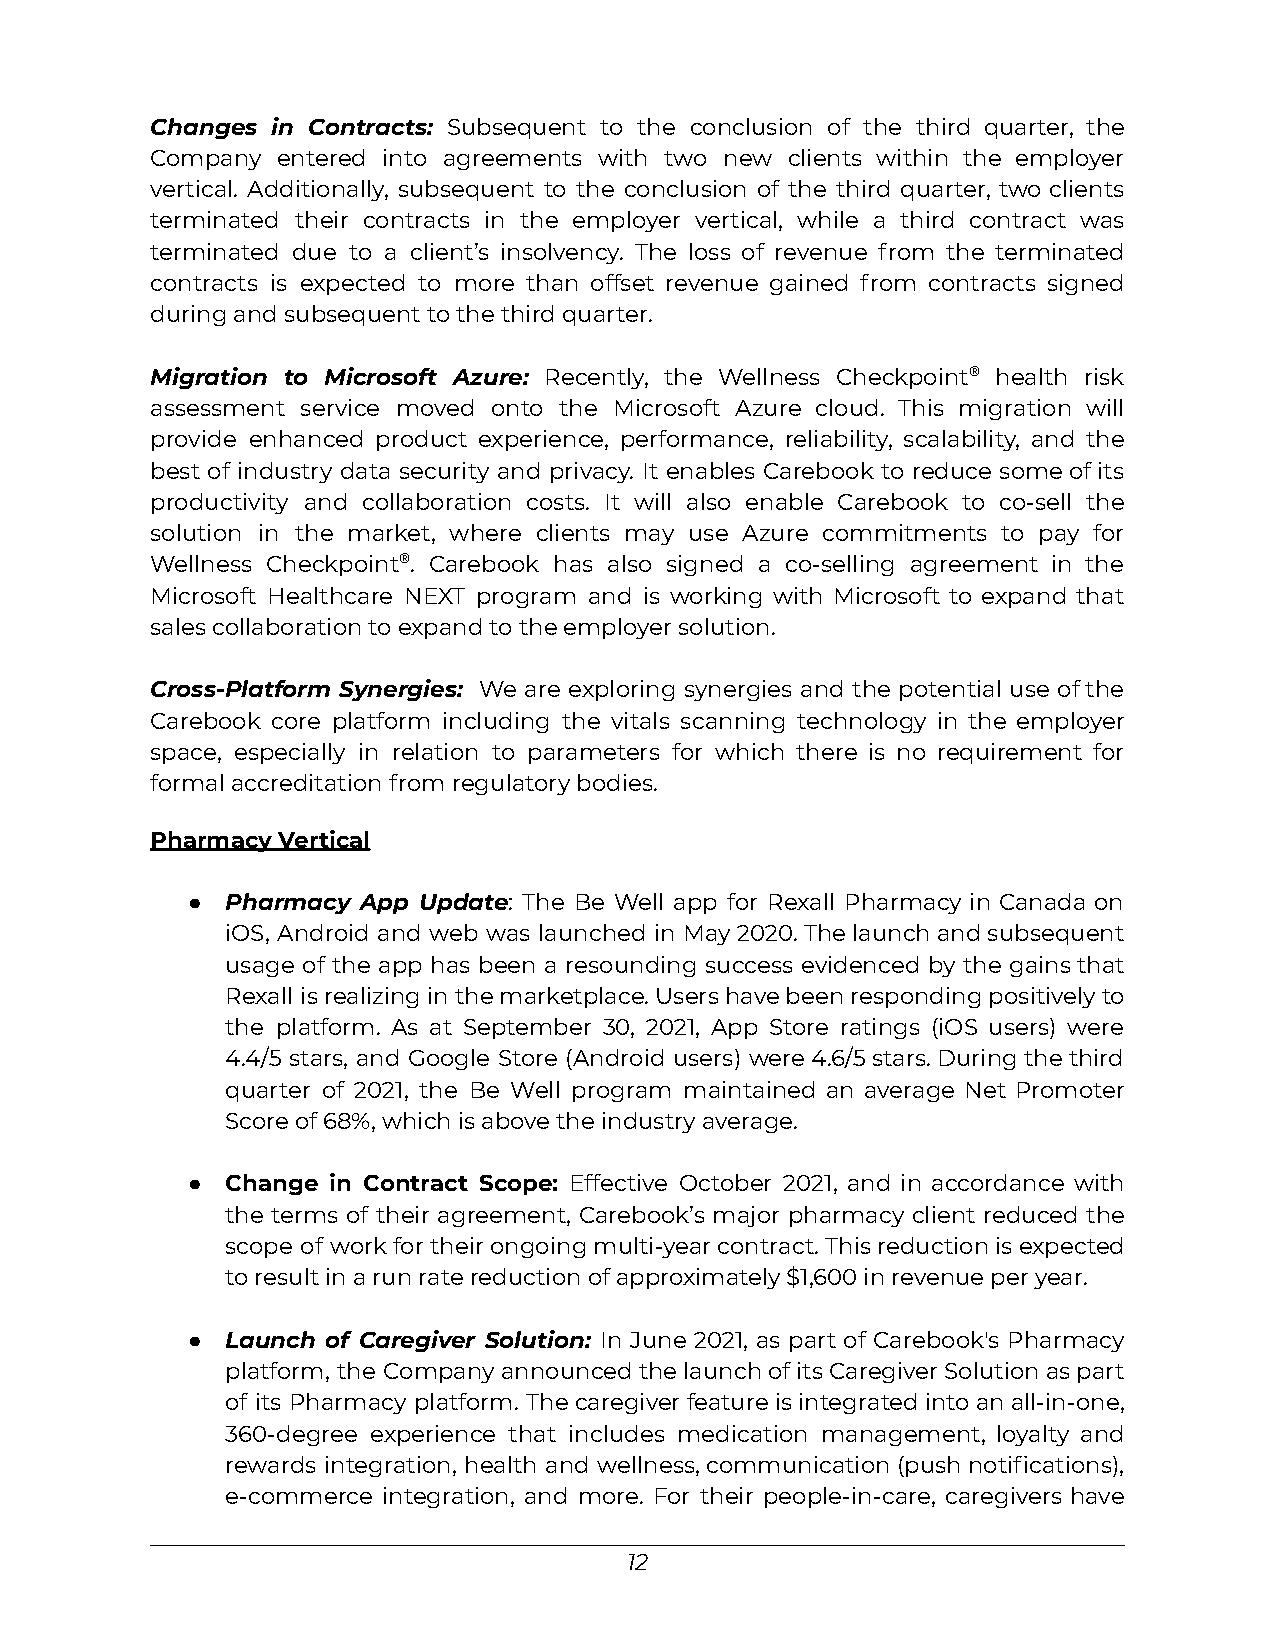
Changes in Contracts: Subsequent to the conclusion of the third quarter, the
 Company entered into agreements with two new clients within the employer
 vertical. Additionally, subsequent to the conclusion of the third quarter, two clients
 terminated their contracts in the employer vertical, while a third contract was
 terminated due to a client’s insolvency. The loss of revenue from the terminated
 contracts is expected to more than offset revenue gained from contracts signed
 during and subsequent to the third quarter.
 Migration to Microsoft Azure: Recently, the Wellness Checkpoint® health risk
 assessment service moved onto the Microsoft Azure cloud. This migration will
 provide enhanced product experience, performance, reliability, scalability, and the
 best of industry data security and privacy. It enables Carebook to reduce someofits
 productivity and collaboration costs. It will also enable Carebook to co-sell the
 solution in the market, where clients may use Azure commitments to pay for
 Wellness Checkpoint®. Carebook has also signed a co-selling agreement in the
 Microsoft Healthcare NEXT program and is working with Microsoft to expand that
 sales collaboration to expand to the employer solution.
 Cross-Platform Synergies: We are exploring synergies and the potential use ofthe
 Carebook core platform including the vitals scanning technology in the employer
 space, especially in relation to parameters for which there is no requirement for
 formal accreditation from regulatory bodies.
 Pharmacy Vertical
 ●  Pharmacy App Update: The Be Well app for Rexall Pharmacy in Canada on
 iOS, Android and web was launched in May2020.Thelaunchandsubsequent
 usage of the app has been a resounding success evidenced by the gainsthat
 Rexall isrealizinginthemarketplace.Usershavebeenrespondingpositivelyto
 the platform. As at September 30, 2021, App Store ratings (iOS users) were
 4.4/5 stars, and Google Store (Android users) were4.6/5stars.Duringthethird
 quarter of 2021, the Be Well program maintained an average Net Promoter
 Score of 68%, which is above the industry average.
 ●  Change in Contract Scope: Effective October 2021, and in accordance with
 the terms of their agreement, Carebook’s major pharmacy client reduced the
 scope of workfortheirongoingmulti-yearcontract.Thisreductionisexpected
 to result in a run rate reduction of approximately $1,600 in revenue per year.
 ●  Launch of Caregiver Solution: In June 2021, as part of Carebook's Pharmacy
 platform, the CompanyannouncedthelaunchofitsCaregiverSolutionaspart
 of its Pharmacy platform. Thecaregiverfeatureisintegratedintoanall-in-one,
 360-degree experience that includes medication management, loyalty and
 rewards integration, health and wellness,communication(pushnotifications),
 e-commerce integration, and more. For their people-in-care, caregivers have
 12